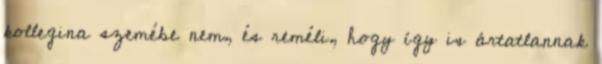
kollegina szemébe nem, és reméli, hogy így is ártatlannak